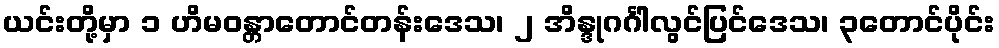
ယင်းတို့မှာ ၁ ဟိမဝန္တာတောင်တန်းဒေသ၊ ၂ အိန္ဒုဂင်္ဂါလွင်ပြင်ဒေသ၊ ၃တောင်ပိုင်း